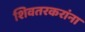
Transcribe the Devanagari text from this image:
शिवतरकरांना